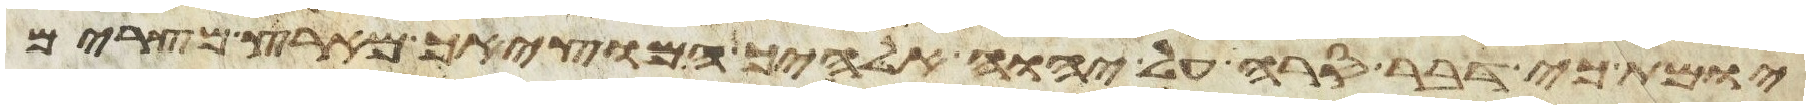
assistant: יומת כי דבר סרה על יהוה אלהיך המוציאך מארץ מצרים